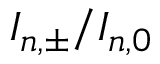
I _ { n , \pm } / I _ { n , 0 }